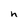
Character: h